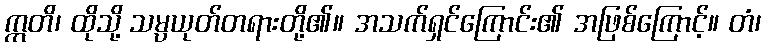
ဣတိ၊ ထိုသို့ သမ္ပယုတ်တရားတို့၏။ အသက်ရှင်ကြောင်း၏ အဖြစ်ကြောင့်။ တံ၊